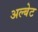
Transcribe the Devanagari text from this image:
अल्बेट